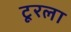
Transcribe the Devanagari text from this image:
टूरला